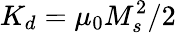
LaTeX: K_{d}=\mu_{0}M_{s}^{2}/2